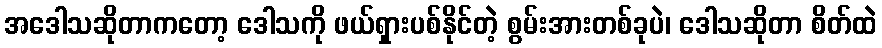
အဒေါသဆိုတာကတော့ ဒေါသကို ဖယ်ရှားပစ်နိုင်တဲ့ စွမ်းအားတစ်ခုပဲ၊ ဒေါသဆိုတာ စိတ်ထဲ